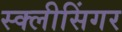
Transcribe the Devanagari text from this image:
स्क्लीसिंगर